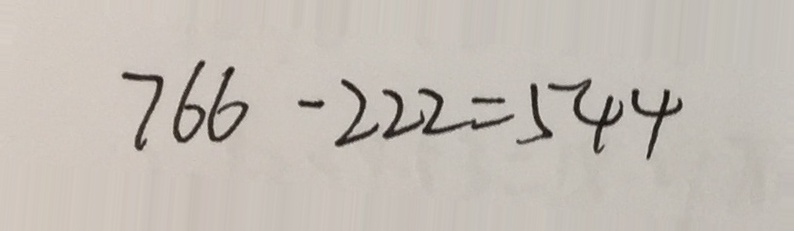
7 6 6 - 2 2 2 = 5 4 4